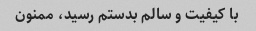
با کیفیت و سالم بدستم رسید، ممنون